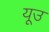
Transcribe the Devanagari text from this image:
यूउ